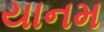
યાનમ